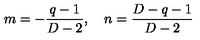
m = - \frac { q - 1 } { D - 2 } , \quad n = \frac { D - q - 1 } { D - 2 }